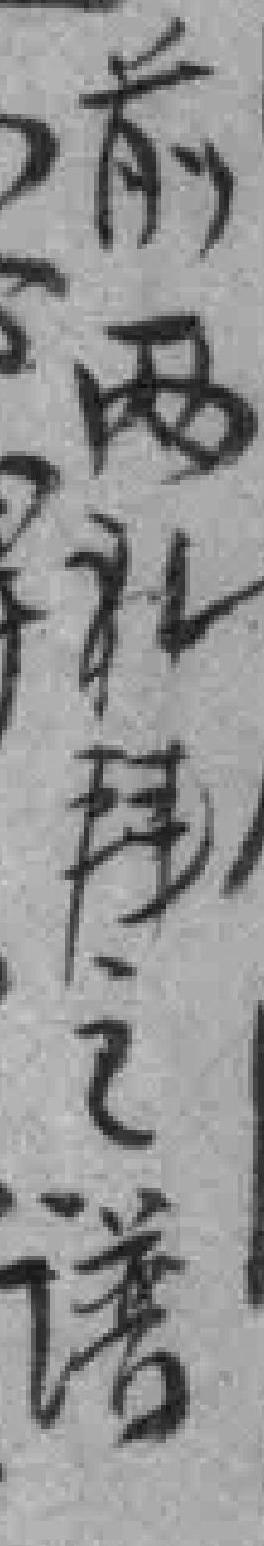
前两礼拜之谱